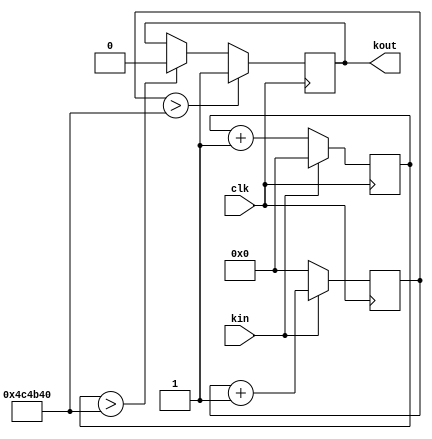
module key_delay(
	input clk,
	input kin,
	output reg kout
);

reg[31:0] kh,kl;
parameter  [31:0]  del = 5000000;	//clk = 125MHz, del 40ms.

always @(posedge clk)
begin
	if(!kin)
		kl<=kl+1'b1;
	else 
		kl<=4'b0000;
end

always @(posedge clk)
begin
	if(kin)
		kh<=kh+1'b1;
	else 
		kh<=4'b0000;
end

always @(posedge clk)
begin
	if(kh > del)
		kout<=1'b1;
	else if(kl > del)
		kout=1'b0;
end

endmodule